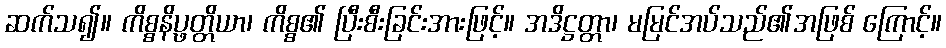
ဆက်သ၍။ ကိစ္စနိပ္ဖတ္တိယာ၊ ကိစ္စ၏ ပြီးစီးခြင်းအားဖြင့်။ အဒိဋ္ဌတ္တာ၊ မမြင်အပ်သည်၏အဖြစ် ကြောင့်။